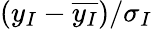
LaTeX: (y_{I}-\overline{{y_{I}}})/\sigma_{I}